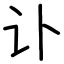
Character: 讣